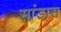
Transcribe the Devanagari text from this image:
सांडास